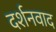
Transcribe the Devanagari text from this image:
दर्शनवाद